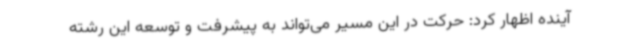
آینده اظهار کرد: حرکت در این مسیر می‌تواند به پیشرفت و توسعه این رشته